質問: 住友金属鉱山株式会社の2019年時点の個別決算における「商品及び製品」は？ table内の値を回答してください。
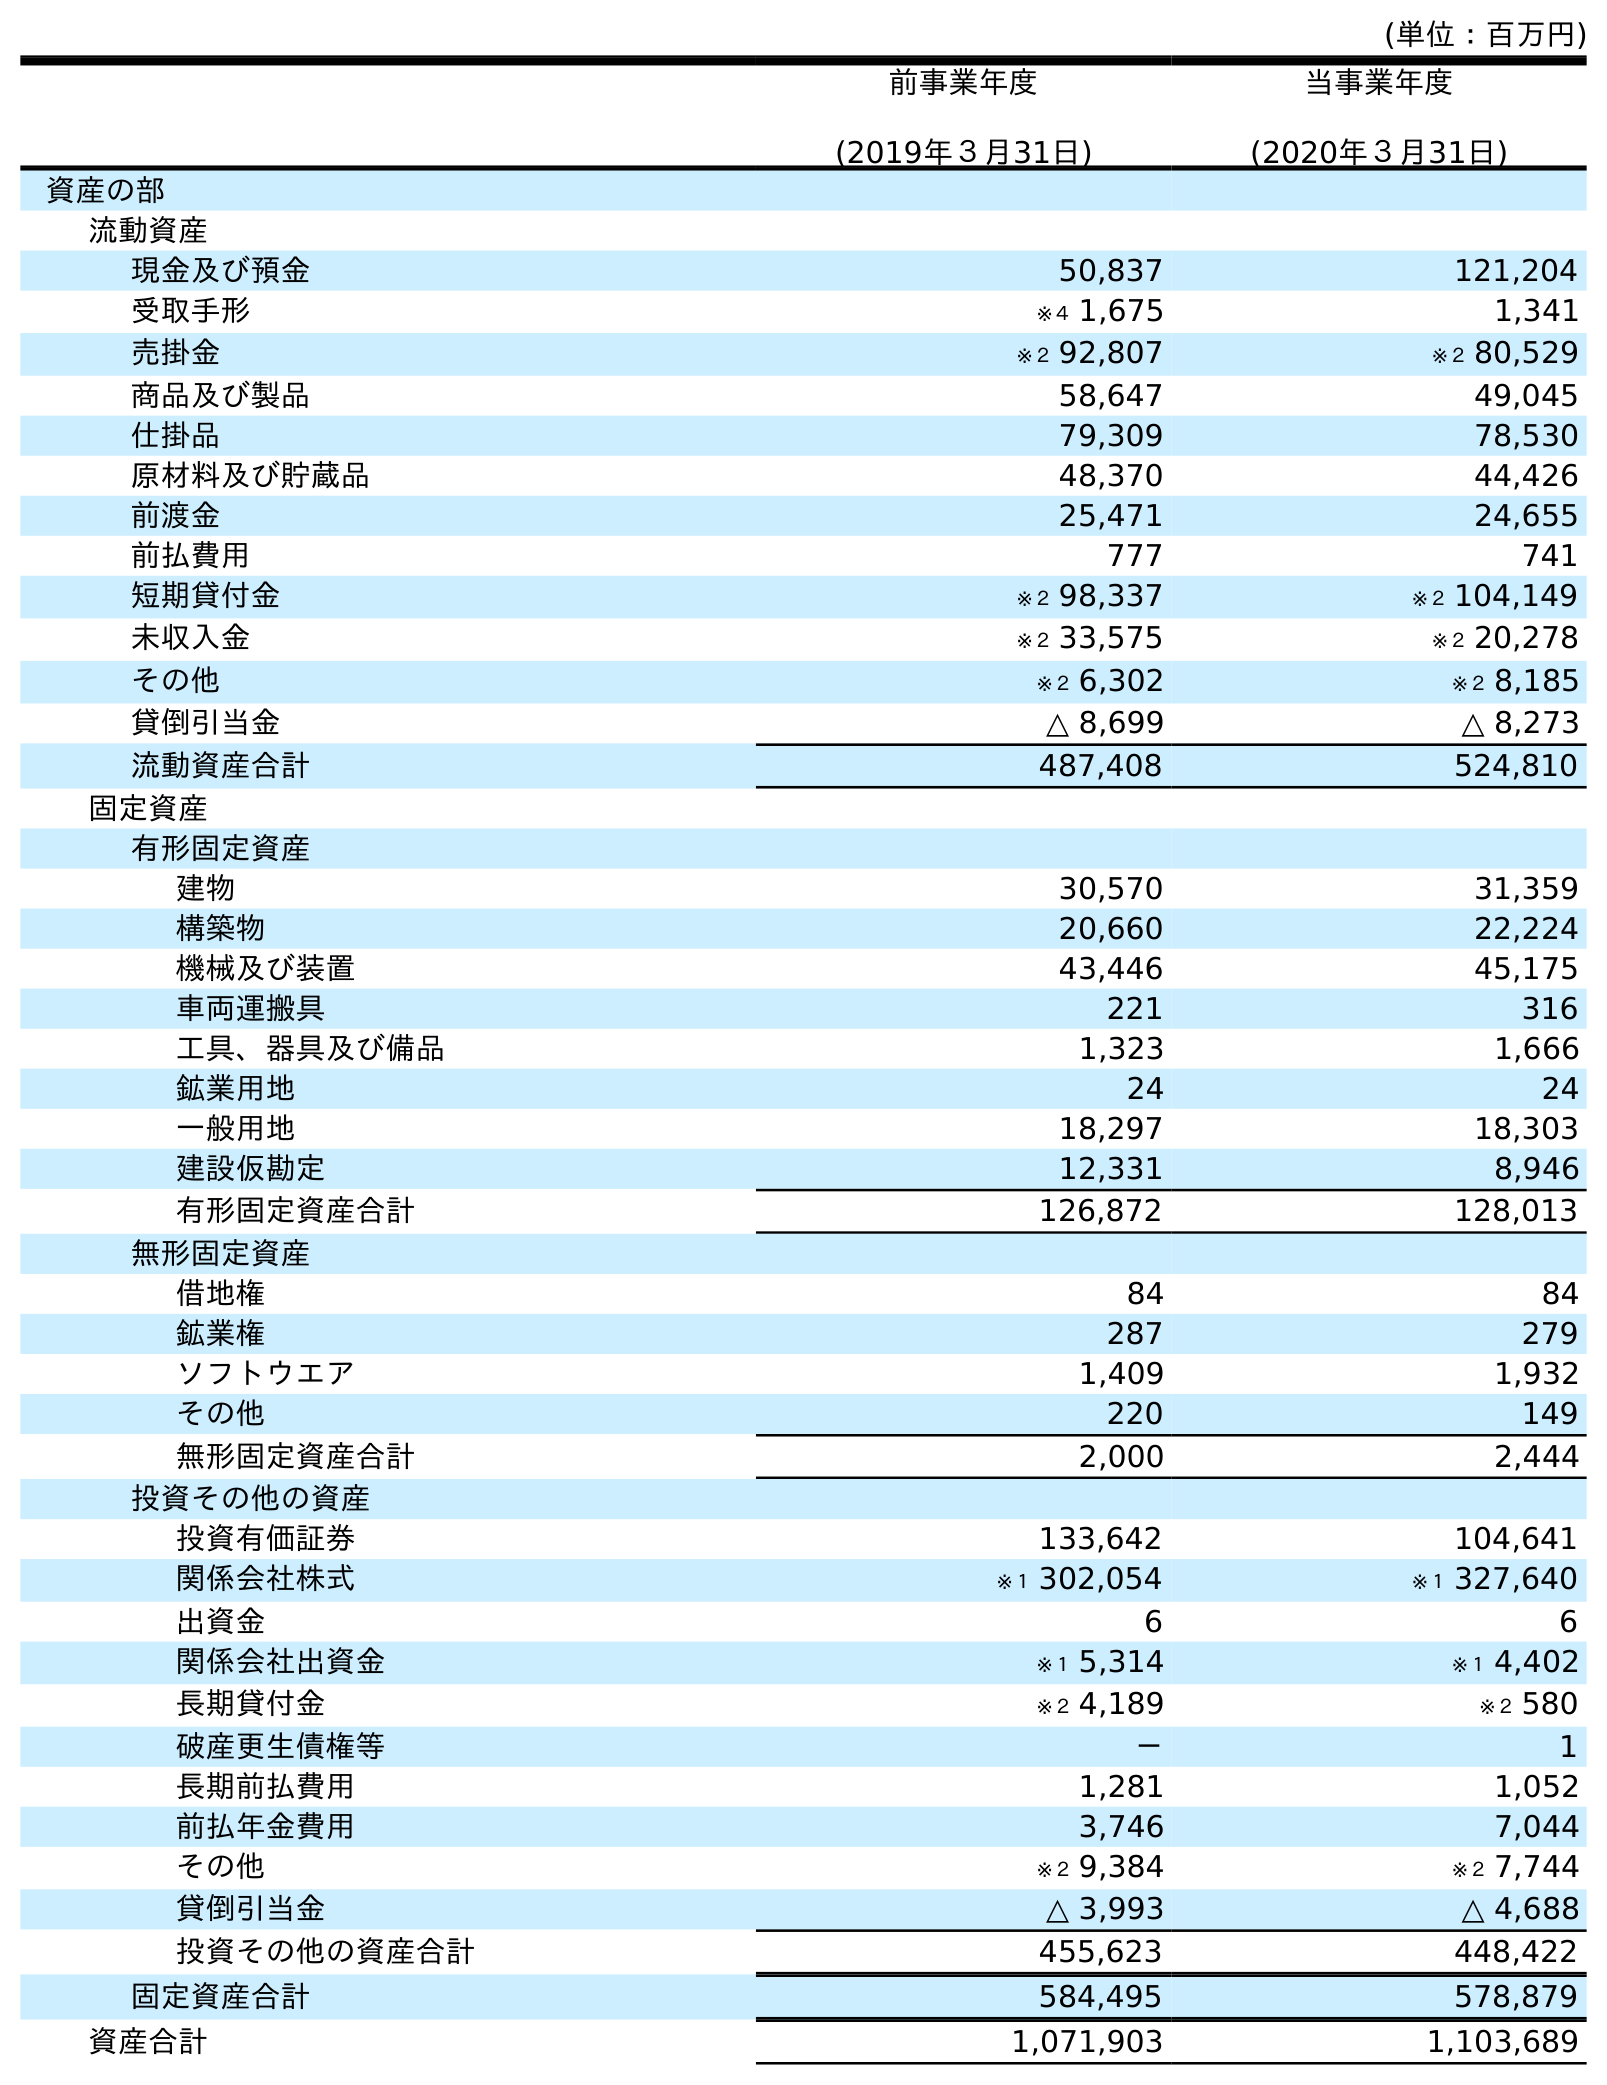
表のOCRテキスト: (単位：百万円) 前事業年度 (2019年３月31日) 当事業年度 (2020年３月31日) 資産の部 流動資産 現金及び預金 50,837 121,204 受取手形 ※４ 1,675 1,341 売掛金 ※２ 92,807 ※２ 80,529 商品及び製品 58,647 49,045 仕掛品 79,309 78,530 原材料及び貯蔵品 48,370 44,426 前渡金 25,471 24,655 前払費用 777 741 短期貸付金 ※２ 98,337 ※２ 104,149 未収入金 ※２ 33,575 ※２ 20,278 その他 ※２ 6,302 ※２ 8,185 貸倒引当金 △ 8,699 △ 8,273 流動資産合計 487,408 524,810 固定資産 有形固定資産 建物 30,570 31,359 構築物 20,660 22,224 機械及び装置 43,446 45,175 車両運搬具 221 316 工具、器具及び備品 1,323 1,666 鉱業用地 24 24 一般用地 18,297 18,303 建設仮勘定 12,331 8,946 有形固定資産合計 126,872 128,013 無形固定資産 借地権 84 84 鉱業権 287 279 ソフトウエア 1,409 1,932 その他 220 149 無形固定資産合計 2,000 2,444 投資その他の資産 投資有価証券 133,642 104,641 関係会社株式 ※１ 302,054 ※１ 327,640 出資金 6 6 関係会社出資金 ※１ 5,314 ※１ 4,402 長期貸付金 ※２ 4,189 ※２ 580 破産更生債権等 － 1 長期前払費用 1,281 1,052 前払年金費用 3,746 7,044 その他 ※２ 9,384 ※２ 7,744 貸倒引当金 △ 3,993 △ 4,688 投資その他の資産合計 455,623 448,422 固定資産合計 584,495 578,879 資産合計 1,071,903 1,103,689
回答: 58,647